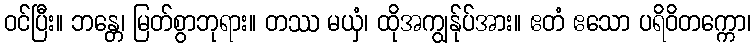
ဝင်ပြီး။ ဘန္တေ၊ မြတ်စွာဘုရား။ တဿ မယှံ၊ ထိုအကျွန်ုပ်အား။ ဧတံ ဧသော ပရိဝိတက္ကော၊